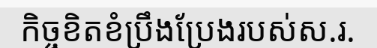
កិច្ចខិតខំប្រឹងប្រែងរបស់ស.រ.